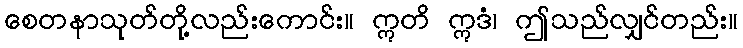
စေတနာသုတ်တို့လည်းကောင်း။ ဣတိ ဣဒံ၊ ဤသည်လျှင်တည်း။